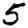
Digit: 5